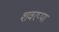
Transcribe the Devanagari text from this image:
शवरप्पा